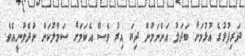
ދަރިފުޅުގެ އުޅުމަށް ބަދަލު އަންނަމުން ދިޔަ އިރު ވެސް އެކަމަށް ސަމާލުކަން ނުދެވުނީއެވެ.